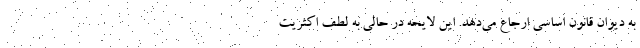
به دیوان قانون اساسی ارجاع می‌دهد. این لایحه در حالی به لطف اکثریت